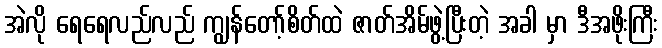
အဲလို ရေရေလည်လည် ကျွန်တော့်စိတ်ထဲ ဇာတ်အိမ်ဖွဲ့ပြီးတဲ့ အခါ မှာ ဒီအဖိုးကြီး